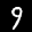
Label: 9